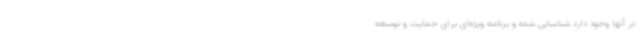
در آنها وجود دارد شناسایی شده و برنامه ویژه‌ای برای حمایت و توسعه